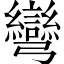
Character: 彎